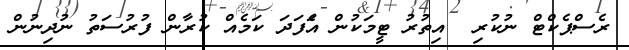
ރެސްޕެކްޓް ނުކުރި  އިތުރު ޓީމަކުން އެަފަދަ ކަމެއް ކުރާން ފުރުސަތު ނުދިނުން